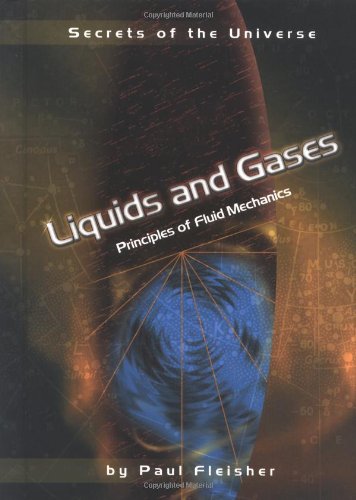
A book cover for Liquids and Gases: Principles of Fluid Mechanics (Secrets of the Universe); Paul Fleisher; Science & Math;